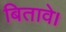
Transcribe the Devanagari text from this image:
बितावे।